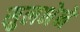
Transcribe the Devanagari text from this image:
सुलभेने